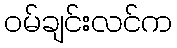
ဝမ်ချင်းလင်က